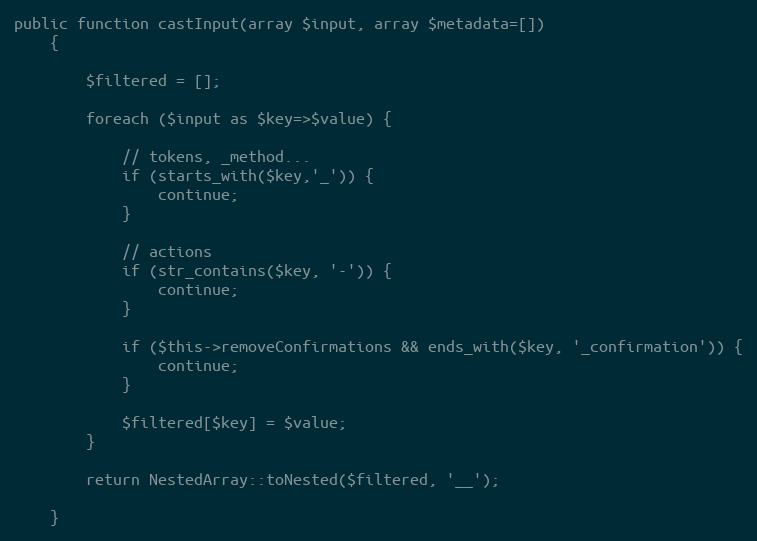
Language: PHP
public function castInput(array $input, array $metadata=[])
    {

        $filtered = [];

        foreach ($input as $key=>$value) {

            // tokens, _method...
            if (starts_with($key,'_')) {
                continue;
            }

            // actions
            if (str_contains($key, '-')) {
                continue;
            }

            if ($this->removeConfirmations && ends_with($key, '_confirmation')) {
                continue;
            }

            $filtered[$key] = $value;
        }

        return NestedArray::toNested($filtered, '__');

    }